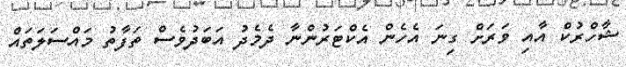
ޝާހްރުކް އާއި ވަރަށް ގިނަ އެހެން އެކްޓަރުންނާ ދެމެދު އަބަދުވެސް ތަފާތު މައްސަލަތައް